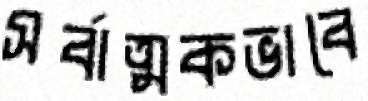
সর্বাত্মকভাবে